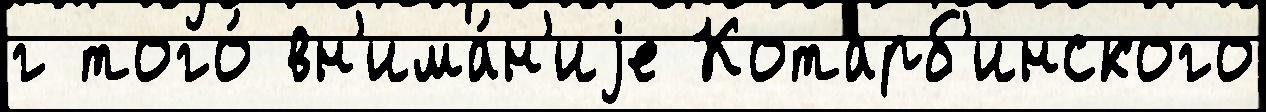
г того́ вн'има́н'иjе Котарб'инского